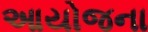
આયોજના